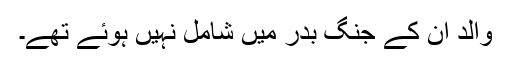
والد ان کے جنگ بدر میں شامل نہیں ہوئے تھے۔